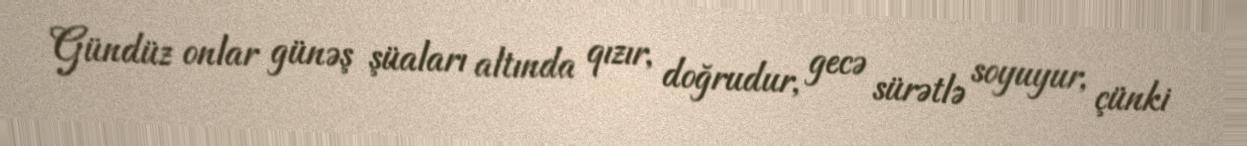
Gündüz onlar günəş şüaları altında qızır, doğrudur, gecə sürətlə soyuyur, çünki